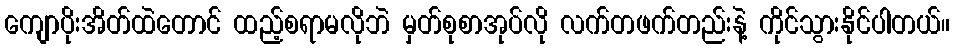
ကျောပိုးအိတ်ထဲတောင် ထည့်စရာမလိုဘဲ မှတ်စုစာအုပ်လို လက်တဖက်တည်းနဲ့ ကိုင်သွားနိုင်ပါတယ်။